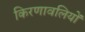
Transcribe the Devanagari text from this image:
किरणावलियों